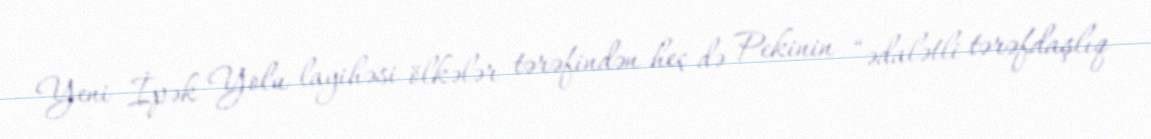
Yeni İpək Yolu layihəsi ölkələr tərəfindən heç də Pekinin “ədalətli tərəfdaşlıq